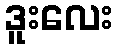
ဒူးလေး